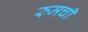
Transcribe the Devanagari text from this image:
रुमची